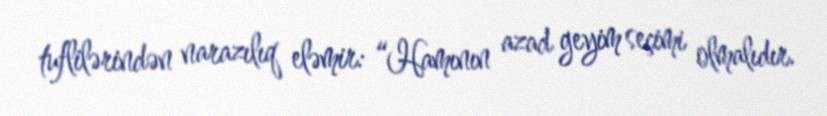
tuflilərindən narazılıq eləmir: “Hamının azad geyim seçimi olmalıdır.